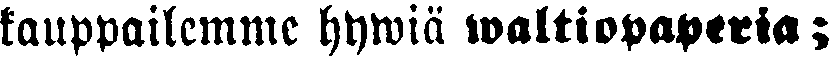
kauppailemme hywiä waltiopaperia;